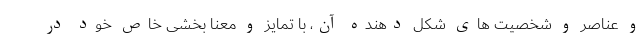
و عناصر و شخصیت های شکل دهنده آن، با تمایز و معنا بخشی خاص خود در